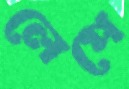
লেপে